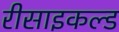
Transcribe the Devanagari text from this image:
रीसाइकल्ड